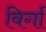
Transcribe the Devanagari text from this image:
विर्गा